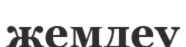
жемдеу